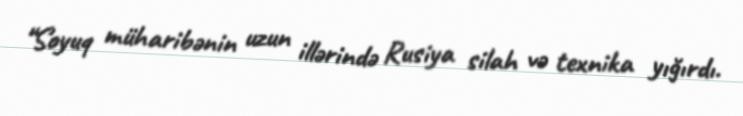
“Soyuq müharibənin uzun illərində Rusiya silah və texnika yığırdı.